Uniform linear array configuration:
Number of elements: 12
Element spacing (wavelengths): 0.25
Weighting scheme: hamming
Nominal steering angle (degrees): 45
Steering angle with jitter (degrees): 45.113
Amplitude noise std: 0.05
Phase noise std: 0.05

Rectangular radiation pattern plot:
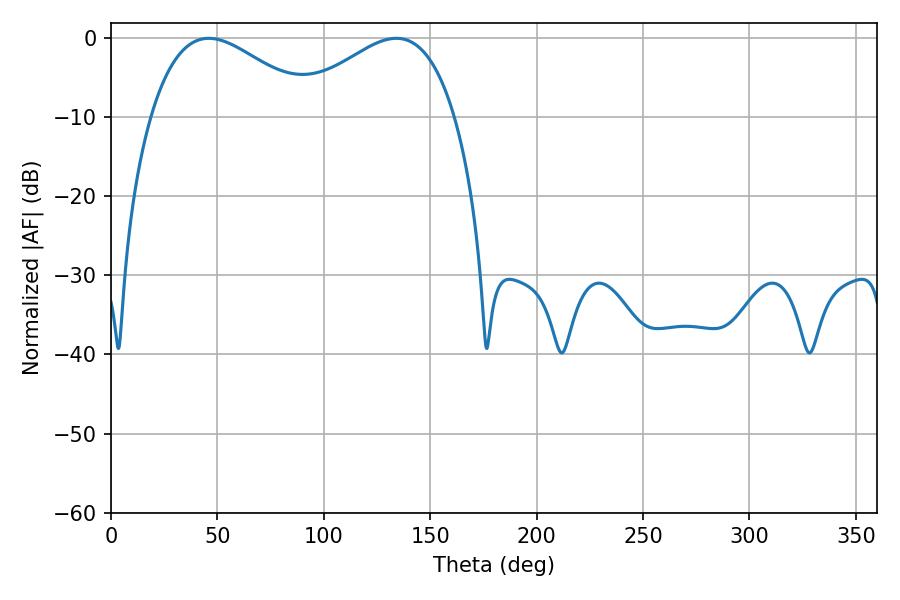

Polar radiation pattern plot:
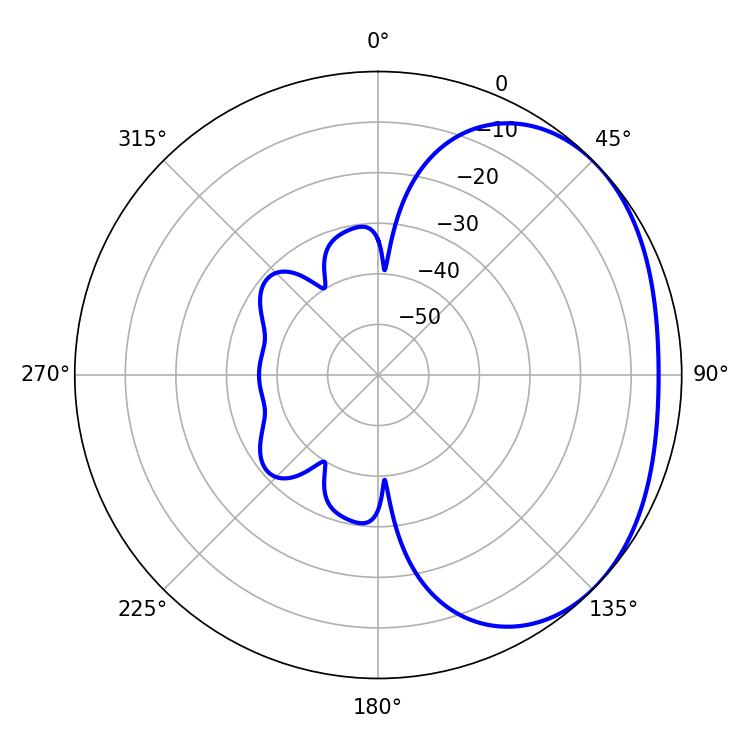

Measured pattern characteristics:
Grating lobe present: FALSE
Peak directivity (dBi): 2.328
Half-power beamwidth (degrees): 41.76
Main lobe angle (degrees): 45.9